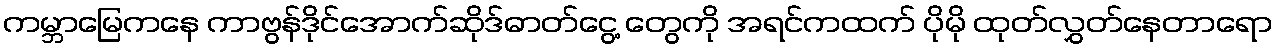
ကမ္ဘာမြေကနေ ကာဗွန်ဒိုင်အောက်ဆိုဒ်ဓာတ်ငွေ့ တွေကို အရင်ကထက် ပိုမို ထုတ်လွှတ်နေတာရော